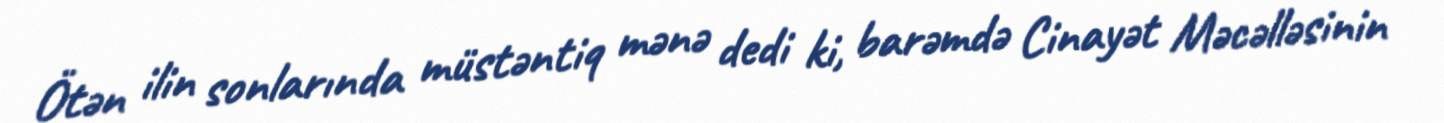
Ötən ilin sonlarında müstəntiq mənə dedi ki, barəmdə Cinayət Məcəlləsinin